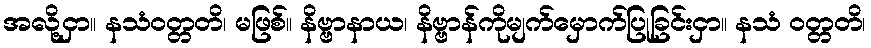
အလို့ငှာ။ နသံဝတ္တတိ၊ မဖြစ်။ နိဗ္ဗာနာယ၊ နိဗ္ဗာန်ကိုမျက်မှောက်ပြုခြင်းငှာ။ နသံ ဝတ္တတိ၊